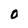
Character: O